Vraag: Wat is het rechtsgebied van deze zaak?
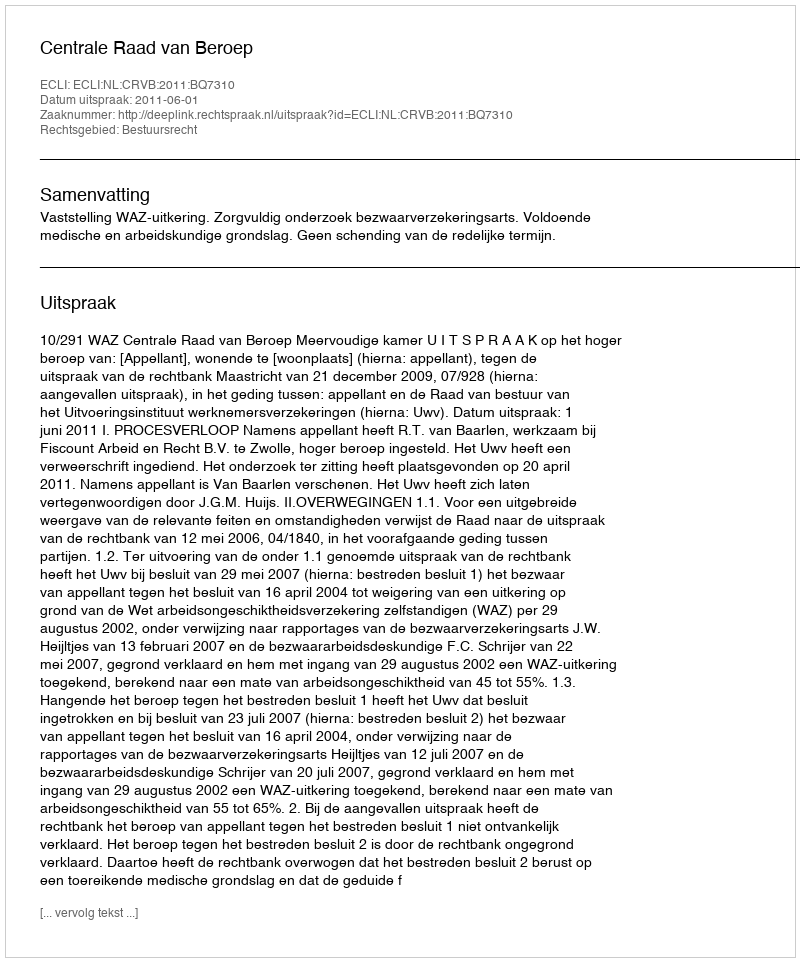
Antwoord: Bestuursrecht